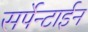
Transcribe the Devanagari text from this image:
सर्पेन्टाईन